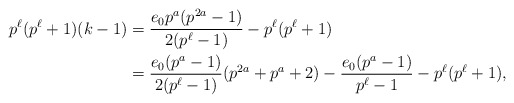
\begin{align*}p^\ell(p^\ell+1)(k-1) & =\frac{e_0p^a(p^{2a}-1)}{2(p^{\ell}-1)}-p^\ell (p^{\ell}+1)\\ & =\frac{e_0(p^a-1)}{2(p^{\ell}-1)}(p^{2a}+p^a+2)-\frac{e_0(p^a-1)}{p^{\ell}-1}-p^\ell(p^\ell+1),\end{align*}